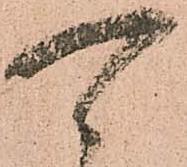
可